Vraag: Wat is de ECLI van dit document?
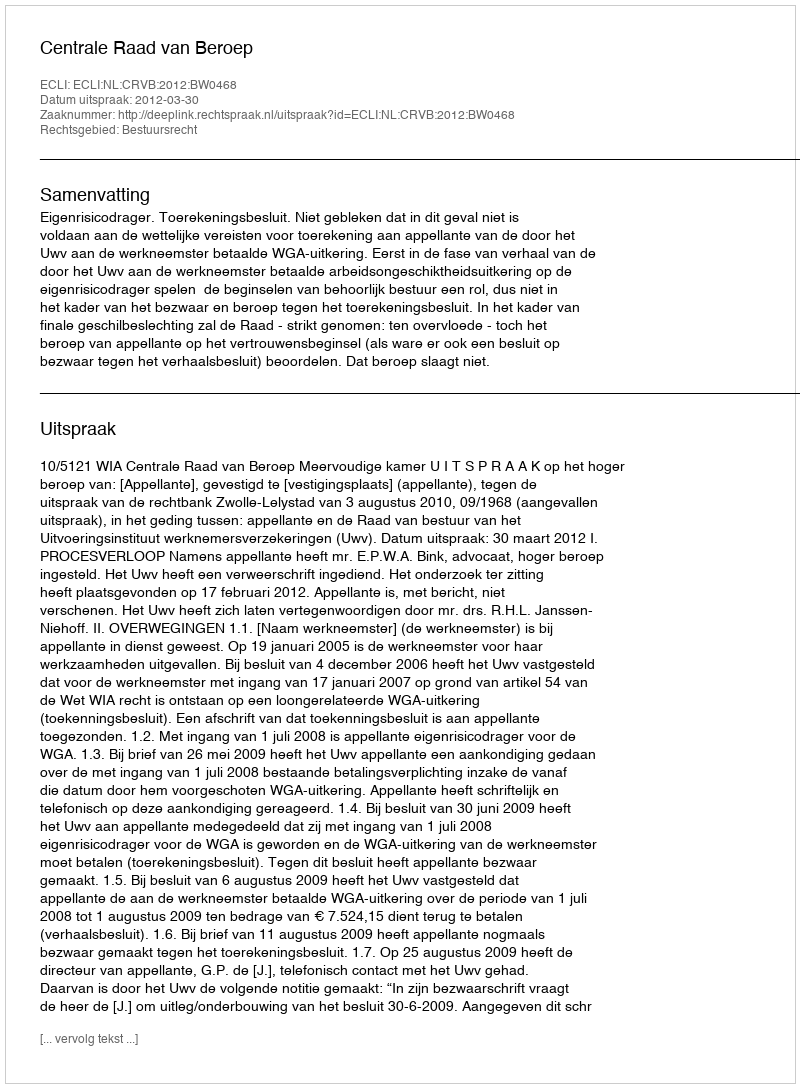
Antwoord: ECLI:NL:CRVB:2012:BW0468